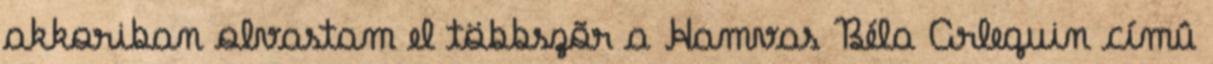
akkoriban olvastam el többszõr a Hamvas Béla Arlequin címû